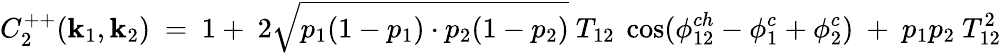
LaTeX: C_{2}^{++}({\mathbf k}_{1},{\mathbf k}_{2})\ =\ 1+\ 2\sqrt{p_{1}(1-p_{1})\cdot p_{2}(1-p_{2})}\ T_{12}\ \cos(\phi_{12}^{ch}-\phi_{1}^{c}+\phi_{2}^{c})\ +\ p_{1}p_{2}\ T_{12}^{2}